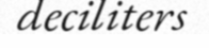
deciliters